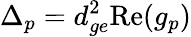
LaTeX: \Delta_{p}=d_{ge}^{2}\mathrm{Re}(g_{p})